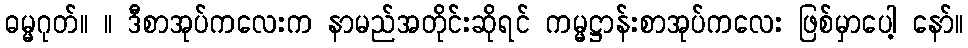
ဓမ္မဂုတ်။ ။ ဒီစာအုပ်ကလေးက နာမည်အတိုင်းဆိုရင် ကမ္မဋ္ဌာန်းစာအုပ်ကလေး ဖြစ်မှာပေါ့ နော်။